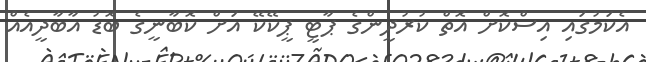
އެކަމުގައި އިސްކޮށް އޮތް ކުރުދީންގެ ޕާޓީ ޕީކޭކޭ އަށް ކޮބާނީގެ ބޮޑު އާބާދީއެއް